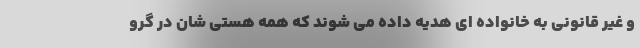
و غیر قانونی به خانواده ای هدیه داده می شوند که همه هستی شان در گرو